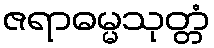
ဇရာဓမ္မသုတ္တံ